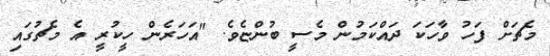
މެޗަށް ފަހު ވާހަކަ ދައްކަމުން މެސީ ބުންޏެވެ. "އަހަރެން ހީކުރީ އެ މެޗުގައި